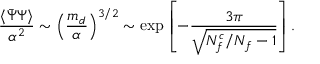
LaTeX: { \frac { \langle \bar { \Psi } \Psi \rangle } { \alpha ^ { 2 } } } \sim \left( { \frac { m _ { d } } { \alpha } } \right) ^ { 3 / 2 } \sim \exp \left[ - { \frac { 3 \pi } { \sqrt { N _ { f } ^ { c } / N _ { f } - 1 } } } \right] .